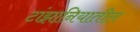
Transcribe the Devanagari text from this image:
टांझानियातील